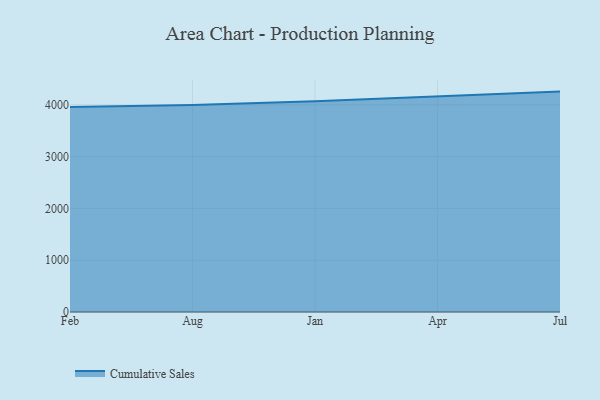
{"axis": {"x": "Month", "y": "Waste Production (Tons)"}, "legend": ["Cumulative Sales"], "data": [{"x": "Feb", "y": 3955.8, "type": "Cumulative Sales"}, {"x": "Aug", "y": 3995.7, "type": "Cumulative Sales"}, {"x": "Jan", "y": 4070.4, "type": "Cumulative Sales"}, {"x": "Apr", "y": 4164.7, "type": "Cumulative Sales"}, {"x": "Jul", "y": 4254.3, "type": "Cumulative Sales"}]}